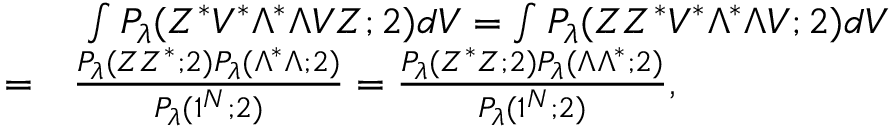
\begin{array} { r l } & { \ \int P _ { \lambda } ( Z ^ { * } V ^ { * } \Lambda ^ { * } \Lambda V Z ; 2 ) d V = \int P _ { \lambda } ( Z Z ^ { * } V ^ { * } \Lambda ^ { * } \Lambda V ; 2 ) d V } \\ { = } & { \frac { P _ { \lambda } ( Z Z ^ { * } ; 2 ) P _ { \lambda } ( \Lambda ^ { * } \Lambda ; 2 ) } { P _ { \lambda } ( 1 ^ { N } ; 2 ) } = \frac { P _ { \lambda } ( Z ^ { * } Z ; 2 ) P _ { \lambda } ( \Lambda \Lambda ^ { * } ; 2 ) } { P _ { \lambda } ( 1 ^ { N } ; 2 ) } , } \end{array}